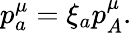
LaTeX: p_{a}^{\mu}=\xi_{a}p_{A}^{\mu}.